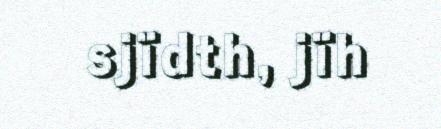
sjïdth, jïh